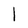
Character: 1